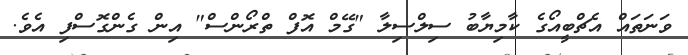
ވަނަތައް އެޗްބީއޯގެ ކާމިޔާބު ސިލްސިލާ "ގޭމް އޮފް ތްރޯންސް" އިން ގެންގޮސްފި އެވެ.